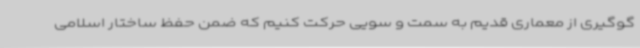
گوگیری از معماری قدیم به سمت و سویی حرکت کنیم که ضمن حفظ ساختار اسلامی